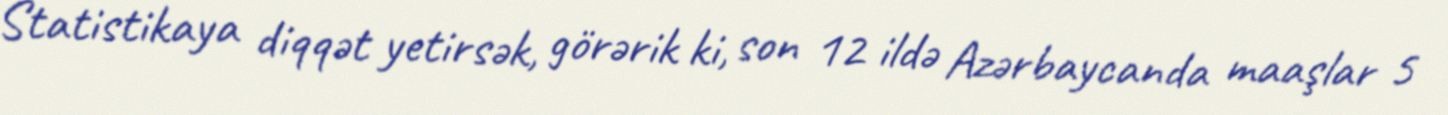
Statistikaya diqqət yetirsək, görərik ki, son 12 ildə Azərbaycanda maaşlar 5